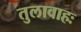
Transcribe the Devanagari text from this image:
तुलावाहः